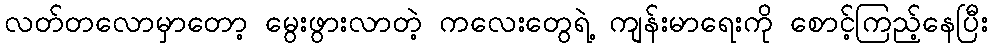
လတ်တလောမှာတော့ မွေးဖွားလာတဲ့ ကလေးတွေရဲ့ ကျန်းမာရေးကို စောင့်ကြည့်နေပြီး